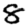
Digit: 8